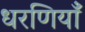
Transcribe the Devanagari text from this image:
धरणियाँ